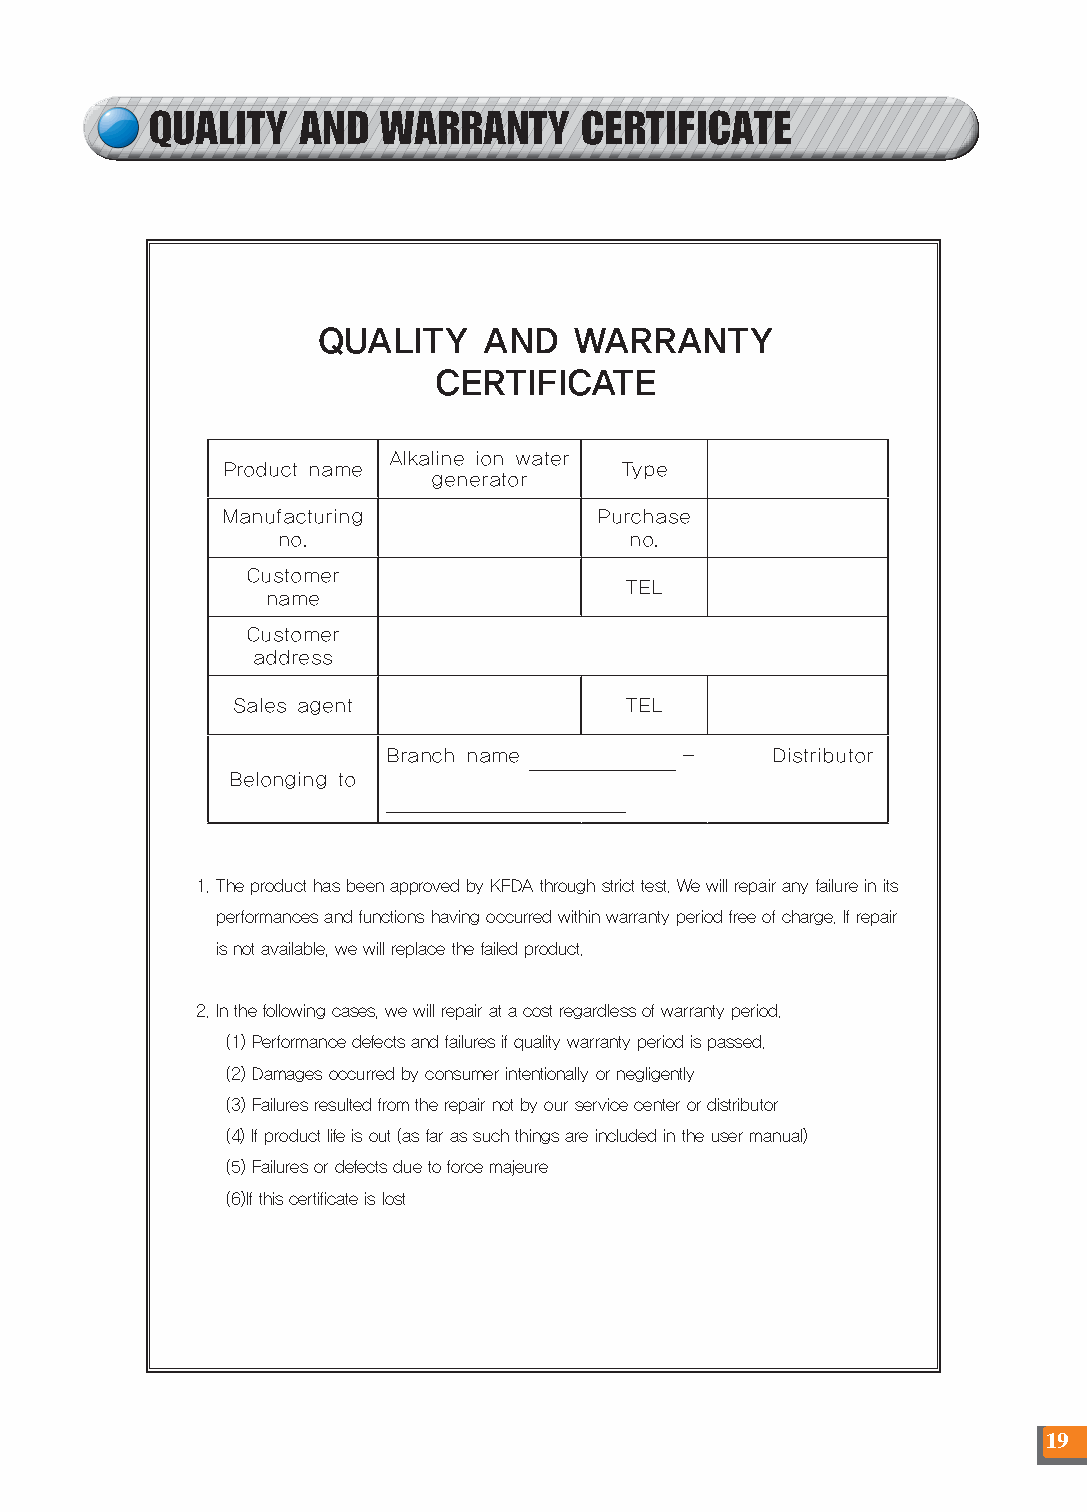
QUALITY   AND  WARRANTY     CERTIFICATE
 QUALITY    AND   WARRANTY
 CERTIFICATE
 Alkaline ion water
 Product name              Type
 generator
 Manufacturing            Purchase
 no.                     no.
 Customer
 TEL
 name
 Customer
 address
 Sales agent               TEL
 Branch name        -     Distributor
 Belonging to
 _________________________
 1. The product has been approved by KFDA through strict test. We will repair any failure in its
 performances and functions having occurred within warranty period free of charge. If repair
 is not available, we will replace the failed product.
 2. In the following cases, we will repair at a cost regardless of warranty period.
 (1) Performance defects and failures if quality warranty period is passed.
 (2) Damages occurred by consumer intentionally or negligently
 (3) Failures resulted from the repair not by our service center or distributor
 (4) If product life is out (as far as such things are included in the user manual)
 (5) Failures or defects due to force majeure
 (6)If this certificate is lost
 19